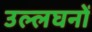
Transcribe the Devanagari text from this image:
उल्लघनों